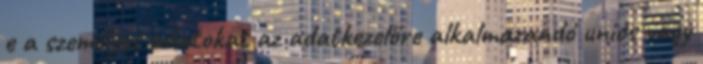
e a személyes adatokat az adatkezelőre alkalmazandó uniós vagy